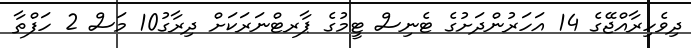
ދިވެހިރާއްޖޭގެ 14 އަހަރުންދަށުގެ ޓެނިސް ޓީމުގެ ޕާރޓްނަރަކަށް ދިރާގު10 މަސް 2 ހަފްތާ